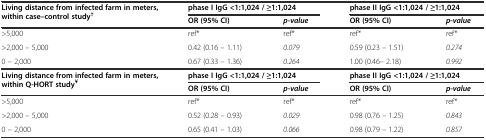
| <ROWSPAN=2> Living distance from infected farm in meters, within case-control study † | <COLSPAN=2> phase I IgG <1:1,024 / ≥1:1,024 | <COLSPAN=2> phase II IgG <1:1,024 / ≥1:1,024 |
 | OR (95% CI) | p-value | OR (95% CI) | p-value |
 | --- | --- | --- | --- | --- |
 | >5,000 | ref* | ref* | ref* | ref* |
 | >2,000 - 5,000 | 0.42 (0.16 - 1.11) | 0.079 | 0.59 (0.23 - 1.51) | 0.274 |
 | 0 - 2,000 | 0.67 (0.33 - 1.36) | 0.264 | 1.00 (0.46- 2.18) | 0.992 |
 | <ROWSPAN=2> Living distance from infected farm in meters, within Q-HORT study¥ | <COLSPAN=2> phase I IgG <1:1,024 / ≥1:1,024 | <COLSPAN=2> phase II IgG <1:1,024 / ≥1:1,024 |
 | OR (95% CI) | p-value | OR (95% CI) | p-value |
 | >5,000 | ref* | ref* | ref* | ref* |
 | >2,000 - 5,000 | 0.52 (0.28 - 0.93) | 0.029 | 0.98 (0.76 - 1.25) | 0.843 |
 | 0 - 2,000 | 0.65 (0.41 - 1.03) | 0.066 | 0.98 (0.79 - 1.22) | 0.857 |